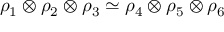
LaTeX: \rho _ { 1 } \otimes \rho _ { 2 } \otimes \rho _ { 3 } \simeq \rho _ { 4 } \otimes \rho _ { 5 } \otimes \rho _ { 6 }